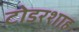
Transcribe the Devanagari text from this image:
टोडरशाह